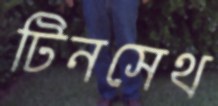
টিনসেথ